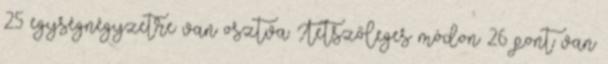
25 egységnégyzetre van osztva. Tetszőleges módon 26 pont van